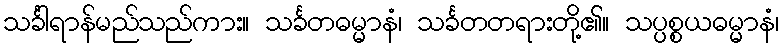
သင်္ခါရာန်မည်သည်ကား။ သင်္ခတဓမ္မာနံ၊ သင်္ခတတရားတို့၏။ သပ္ပစ္စယဓမ္မာနံ၊